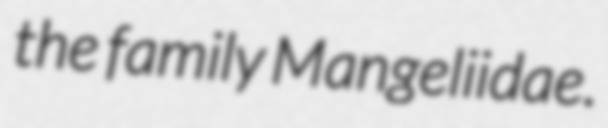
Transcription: the family Mangeliidae.